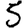
Digit: 5